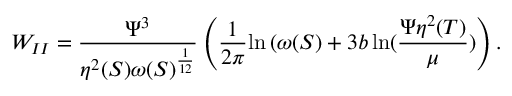
W _ { I I } = \frac { { \Psi } ^ { 3 } } { \eta ^ { 2 } ( S ) { \omega ( S ) } ^ { \frac { 1 } { 1 2 } } } \left( \frac { 1 } { 2 \pi } { \ln { ( \omega ( S ) } } + 3 b \ln ( \frac { \Psi \eta ^ { 2 } ( T ) } { \mu } ) \right) .